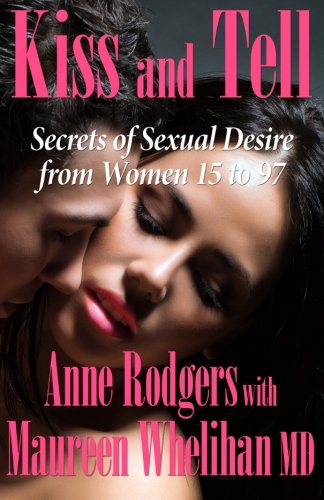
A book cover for Kiss and Tell: Secrets of Sexual Desire from Women 15 to 97; Anne Rodgers; Health, Fitness & Dieting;